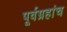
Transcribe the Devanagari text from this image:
पूर्वग्रहांच